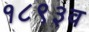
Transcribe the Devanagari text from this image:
१८९३व